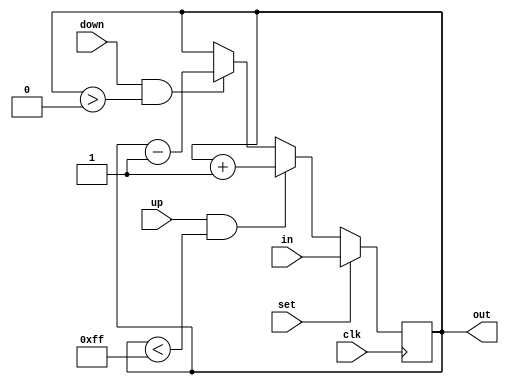
module uds_counter(up, down, set, in, out, clk);
	//up-down-set counter
	//parametrized counter with up, down, and set controls
	//let uds = {up, down, set}
	//when uds = 100 counts up by 1
	//when uds = 010 coutns down by 1
	//when uds = 001 sets internal register = in 
	//all other cases, timer holds current state.
	//overflow and underflow are preveneted

	parameter WIDTH = 8;
	parameter MAX   = (1 << 8) - 1;

	input [WIDTH-1:0] in;
	input up, down, set, clk;
	output reg [WIDTH-1:0] out;
	wire [2:0] uds;

	assign uds = {up, down, set};

	initial begin
		out = 0;
	end

	//control logic
	always @(posedge clk) begin
		if(uds[0] == 1'b1)
			out <= in;
		else if((uds[2] == 1'b1) && (out < MAX))
			out <= out + 1;
		else if((uds[1] == 1'b1) && (out > 0))
			out <= out - 1;
		else
			out <= out;
	end 


endmodule // uds_counter